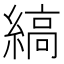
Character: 縞